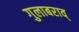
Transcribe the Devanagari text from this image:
गुलाबराव्